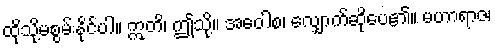
ထိုသို့မစွမ်းနိုင်ပါ။ ဣတိ၊ ဤသို့။ အဝေါစ၊ လျှောက်ဆိုပေ၏။ မဟာရာဇ၊